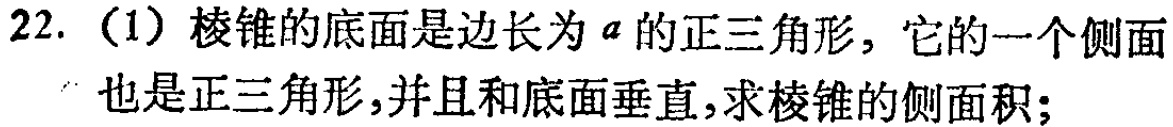
22.（1）棱锥的底面是边长为\(a\)的正三角形，它的一个侧面也是正三角形，并且和底面垂直，求棱锥的侧面积；